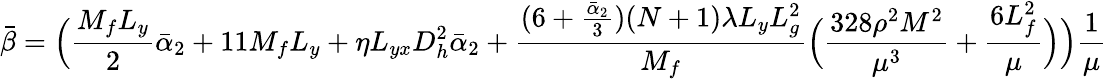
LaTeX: \bar{\beta}=\Big(\frac{M_{f}L_{y}}{2}\bar{\alpha}_{2}+11M_{f}L_{y}+\eta L_{yx}D_{h}^{2}\bar{\alpha}_{2}+\frac{(6+\frac{\bar{\alpha}_{2}}{3})(N+1)\lambda L_{y}L_{g}^{2}}{M_{f}}\Big(\frac{328\rho^{2}M^{2}}{\mu^{3}}+\frac{6L_{f}^{2}}{\mu}\Big)\Big)\frac{1}{\mu}